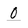
Character: O